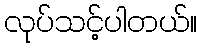
လုပ်သင့်ပါတယ်။